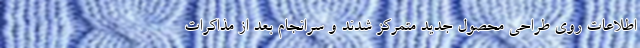
اطلاعات روی طراحی محصول جدید متمرکز شدند و سرانجام بعد از مذاکرات